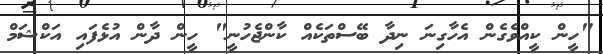
"ހީން ކީއްވެގެން އެހާގިނަ ނިދާ ބޭސްތަކެއް ކާންޖެހުނީ" ހީން ދާން އުޅެފައި އަކްޝަމް